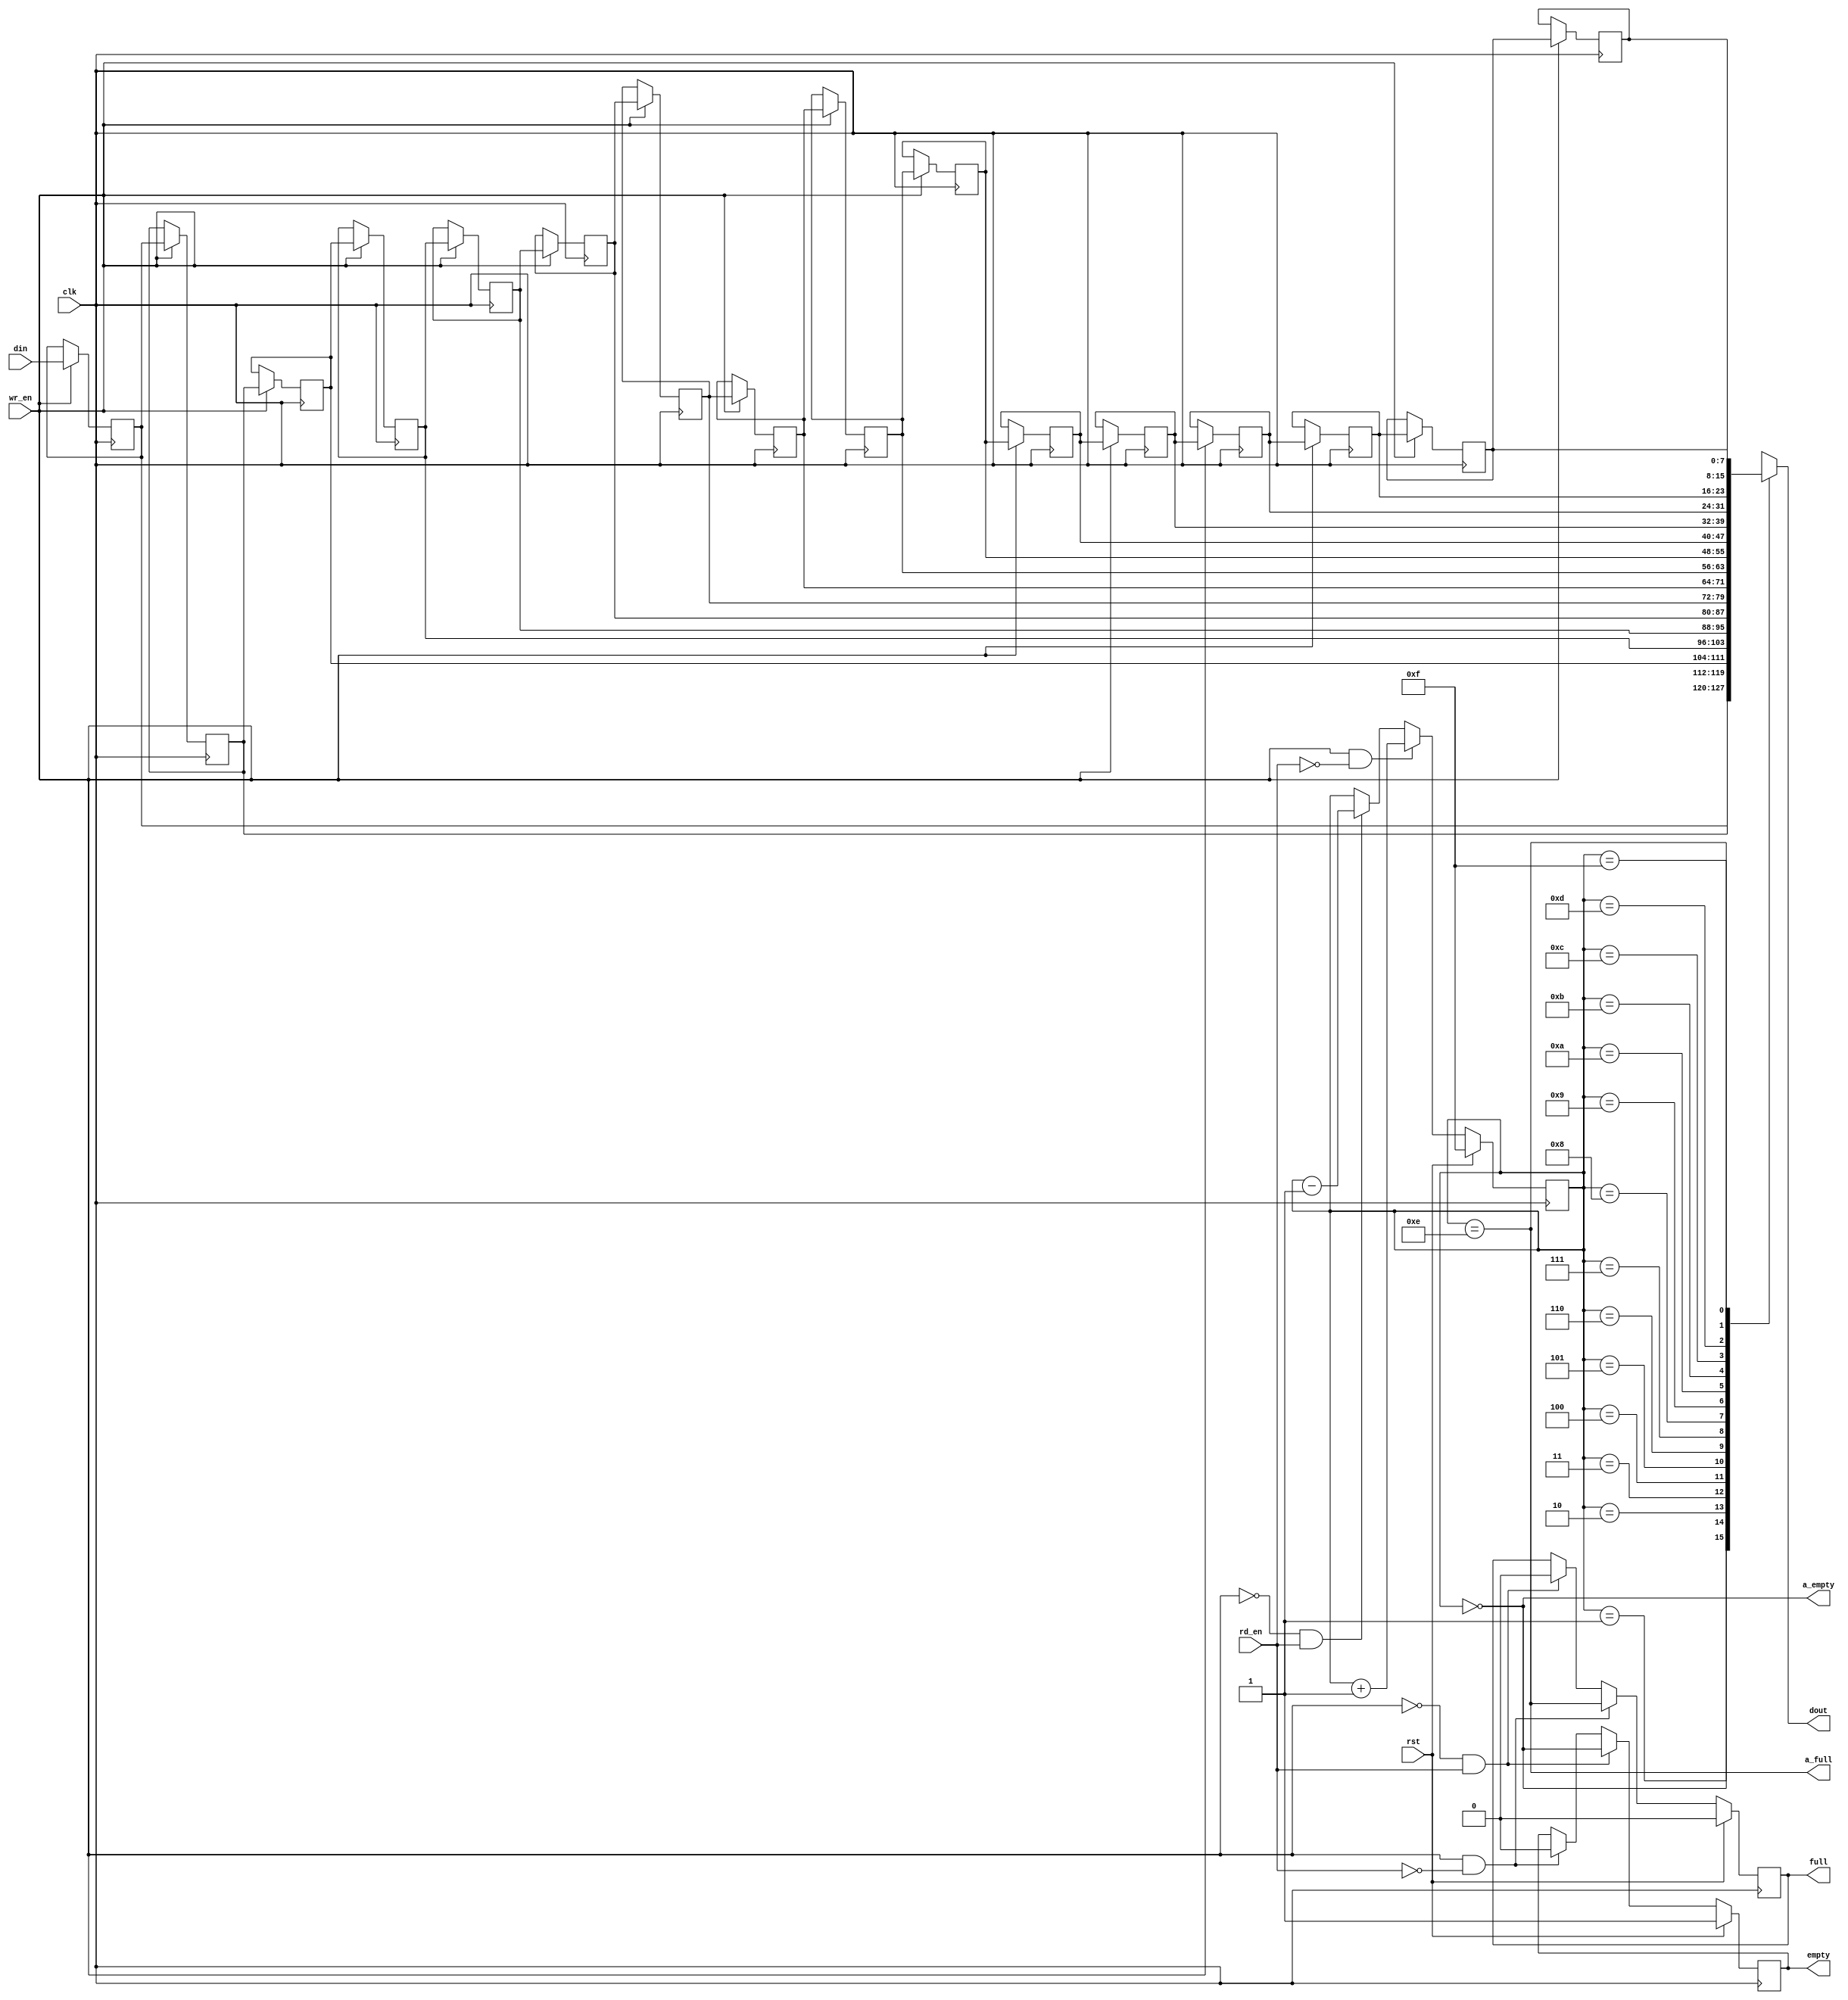
//-----------------------------------------------------------------------------
//-- (c) Copyright 2010 Xilinx, Inc. All rights reserved.
//--
//-- This file contains confidential and proprietary information
//-- of Xilinx, Inc. and is protected under U.S. and
//-- international copyright and other intellectual property
//-- laws.
//--
//-- DISCLAIMER
//-- This disclaimer is not a license and does not grant any
//-- rights to the materials distributed herewith. Except as
//-- otherwise provided in a valid license issued to you by
//-- Xilinx, and to the maximum extent permitted by applicable
//-- law: (1) THESE MATERIALS ARE MADE AVAILABLE "AS IS" AND
//-- WITH ALL FAULTS, AND XILINX HEREBY DISCLAIMS ALL WARRANTIES
//-- AND CONDITIONS, EXPRESS, IMPLIED, OR STATUTORY, INCLUDING
//-- BUT NOT LIMITED TO WARRANTIES OF MERCHANTABILITY, NON-
//-- INFRINGEMENT, OR FITNESS FOR ANY PARTICULAR PURPOSE; and
//-- (2) Xilinx shall not be liable (whether in contract or tort,
//-- including negligence, or under any other theory of
//-- liability) for any loss or damage of any kind or nature
//-- related to, arising under or in connection with these
//-- materials, including for any direct, or any indirect,
//-- special, incidental, or consequential loss or damage
//-- (including loss of data, profits, goodwill, or any type of
//-- loss or damage suffered as a result of any action brought
//-- by a third party) even if such damage or loss was
//-- reasonably foreseeable or Xilinx had been advised of the
//-- possibility of the same.
//--
//-- CRITICAL APPLICATIONS
//-- Xilinx products are not designed or intended to be fail- 
//-- safe, or for use in any application requiring fail-safe
//-- performance, such as life-support or safety devices or
//-- systems, Class III medical devices, nuclear facilities,
//-- applications related to the deployment of airbags, or any
//-- other applications that could lead to death, personal
//-- injury, or severe property or environmental damage
//-- (individually and collectively, "Critical
//-- Applications"). Customer assumes the sole risk and
//-- liability of any use of Xilinx products in Critical
//-- Applications, subject only to applicable laws and
//-- regulations governing limitations on product liability.
//--
//-- THIS COPYRIGHT NOTICE AND DISCLAIMER MUST BE RETAINED AS
//-- PART OF THIS FILE AT ALL TIMES.
//-----------------------------------------------------------------------------
//Purpose:
//    Synchronous, shallow FIFO that uses simple as a DP Memory.
//    This requires about 1/2 the resources as a Distributed RAM DPRAM 
//    implementation.
//
//    This FIFO will have the current data on the output when data is contained
//    in the FIFO.  When the FIFO is empty, the output data is invalid.
//
//Reference:
//Revision History:
//
//-----------------------------------------------
//
// MODULE:  axi_mcb_simple_fifo
//
// This is the simplest form of inferring the
// simple/SRL(16/32)CE in a Xilinx FPGA.
//
//-----------------------------------------------
`timescale 1ps / 1ps
`default_nettype none

module axi_mcb_simple_fifo #
(
  parameter C_WIDTH  = 8,
  parameter C_AWIDTH = 4,
  parameter C_DEPTH  = 16
)
(
  input  wire               clk,       // Main System Clock  (Sync FIFO)
  input  wire               rst,       // FIFO Counter Reset (Clk
  input  wire               wr_en,     // FIFO Write Enable  (Clk)
  input  wire               rd_en,     // FIFO Read Enable   (Clk)
  input  wire [C_WIDTH-1:0] din,       // FIFO Data Input    (Clk)
  output wire [C_WIDTH-1:0] dout,      // FIFO Data Output   (Clk)
  output wire               a_full,
  output wire               full,      // FIFO FULL Status   (Clk)
  output wire               a_empty,
  output wire               empty      // FIFO EMPTY Status  (Clk)
);

///////////////////////////////////////
// FIFO Local Parameters
///////////////////////////////////////
localparam [C_AWIDTH-1:0] C_EMPTY = ~(0);
localparam [C_AWIDTH-1:0] C_EMPTY_PRE =  (0);
localparam [C_AWIDTH-1:0] C_FULL  = C_EMPTY - 1'b1;
localparam [C_AWIDTH-1:0] C_FULL_PRE  = C_FULL - 1'b1;
 
///////////////////////////////////////
// FIFO Internal Signals
///////////////////////////////////////
reg [C_WIDTH-1:0]  memory [C_DEPTH-1:0];
reg [C_AWIDTH-1:0] cnt_read;
reg                full_r;
reg                empty_r;

///////////////////////////////////////
// Main simple FIFO Array
///////////////////////////////////////
always @(posedge clk) begin : BLKSRL
integer i;
  if (wr_en) begin
    for (i = 0; i < C_DEPTH-1; i = i + 1) begin
      memory[i+1] <= memory[i];
    end
    memory[0] <= din;
  end
end

///////////////////////////////////////
// Read Index Counter
// Up/Down Counter
//  *** Notice that there is no ***
//  *** OVERRUN protection.     ***
///////////////////////////////////////
always @(posedge clk) begin
  if (rst) cnt_read <= C_EMPTY;
  else if ( wr_en & !rd_en) cnt_read <= cnt_read + 1'b1;
  else if (!wr_en &  rd_en) cnt_read <= cnt_read - 1'b1;
end

///////////////////////////////////////
// Status Flags / Outputs
///////////////////////////////////////
always @(posedge clk) begin
  if (rst) begin
    full_r <= 1'b0;
  end
  else if ( wr_en & ~rd_en) begin
    full_r <= a_full;
  end
  else if ( ~wr_en & rd_en ) begin
    full_r <= 1'b0;
  end
end

always @(posedge clk) begin
  if (rst) begin
    empty_r <= 1'b1;
  end
  else if (~wr_en & rd_en) begin
    empty_r <= a_empty;
  end
  else if (wr_en & ~rd_en) begin
    empty_r <= 1'b0;
  end
end


assign full  = full_r;
assign empty = empty_r;
assign a_full  = (cnt_read == C_FULL);
assign a_empty = (cnt_read == C_EMPTY_PRE);

assign dout  = (C_DEPTH == 1) ? memory[0] : memory[cnt_read];

endmodule // axi_mcb_simple_fifo

`default_nettype wire